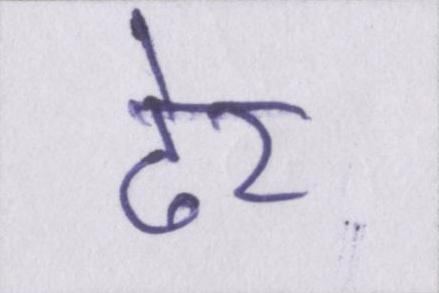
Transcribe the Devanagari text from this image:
ढेर